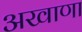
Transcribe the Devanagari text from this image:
अखाणा